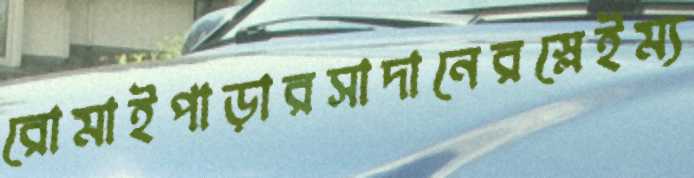
রোমাইপাড়ারসাদানেরস্লেইম্য